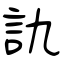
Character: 訅